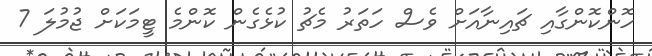
ހޮންކޮންގާއި ޗައިނާއަށް ވެސް ހަތަރު މެޗު ކުޅެގެން ކޮންމެ ޓީމަކަށް ޖުމުލަ 7